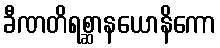
ခီဏတိရစ္ဆာနယောနိကော